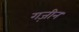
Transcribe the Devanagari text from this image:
गज़ीन